Indian journal of veterinary science and animal husbandry - Volume 12,
Year: 1942
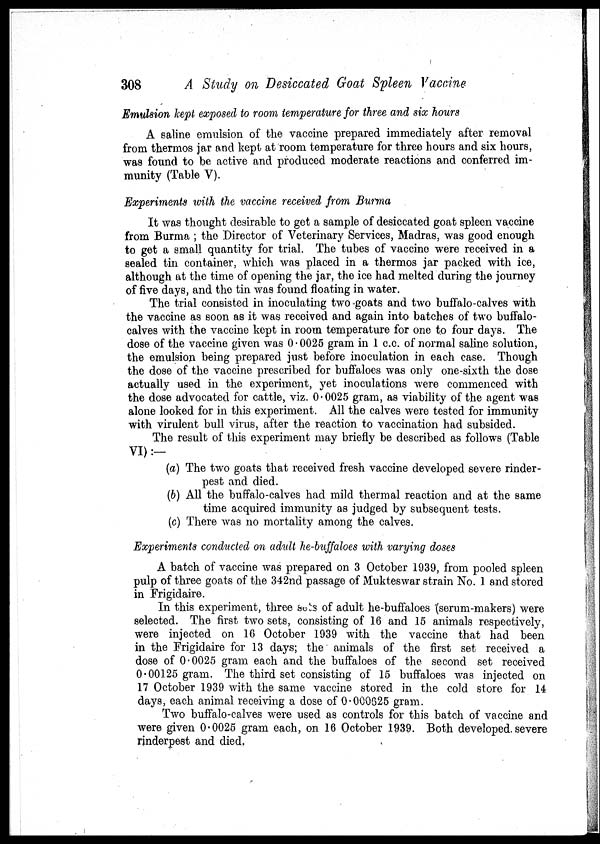
308
A Study on Desiccated Goat Spleen Vaccine-
Emulsion kept exposed to room temperature for three and six hours
A saline emulsion of the vaccine prepared immediately after removal
from thermos jar and kept at room temperature for three hours and six hours,
was found to be active and produced moderate reactions and conferred im-
munity (Table V).
Experiments with the vaccine received from Burma
It was thought desirable to get a sample of desiccated goat spleen vaccine
from Burma ; the Director of Veterinary Services, Madras, was good enough
to get a small quantity for trial. The tubes of vaccine were received in a
sealed tin container, which was placed in a thermos jar packed with ice,
although at the time of opening the jar, the ice had melted during the journey
of five days, and the tin was found floating in water.
The trial consisted in inoculating two goats and two buffalo-calves with
the vaccine as soon as it was received and again into batches of two buffalo-
calves with the vaccine kept in room temperature for one to four days. The
dose of the vaccine given was 0.0025 gram in 1 c.c. of normal saline solution,
the emulsion being prepared just before inoculation in each case. Though
the dose of the vaccine prescribed for buffaloes was only one-sixth the dose
actually used in the experiment, yet inoculations were commenced with
the dose advocated for cattle, viz. 0.0025 gram, as viability of the agent was
alone looked for in this experiment. All the calves were tested for immunity
with virulent bull virus, after the reaction to vaccination had subsided.
The result of this experiment may briefly be described as follows (Table
VI):-
(a) The two goats that received fresh vaccine developed severe rinder-
pest and died.
(b) All the buffalo-calves had mild thermal reaction and at the same
time acquired immunity as judged by subsequent tests.
(c) There was no mortality among the calves.
Experiments conducted on adult he-buffaloes with varying doses
A batch of vaccine was prepared on 3 October 1939, from pooled spleen
pulp of three goats of the 342nd passage of Mukteswar strain No. 1 and stored
in Frigidaire.
In this experiment, three sets of adult he-buffaloes (serum-makers) were
selected. The first two sets, consisting of 16 and 15 animals respectively,
were injected on 16 October 1939 with the vaccine that had been
in the Frigidaire for 13 days; the animals of the first set received a
dose of 0.0025 gram each and the buffaloes of the second set received
0.00125 gram. The third set consisting of 15 buffaloes was injected on
17 October 1939 with the same vaccine stored in the cold store for 14
days, each animal receiving a dose of 0.000625 gram.
Two buffalo-calves were used as controls for this batch of vaccine and
were given 0.0025 gram each, on 16 October 1939. Both developed severe
rinderpest and died.